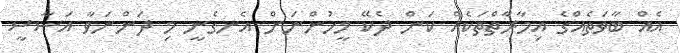
އެއް ބާވަތެއްގެ އިމާރާތްތަކެއް ކަން ދެކޭ މީހުންނަށް އެނގެނީ މި ދަންނަވާ އަސާސީ